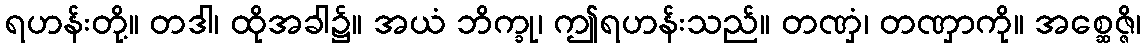
ရဟန်းတို့။ တဒါ၊ ထိုအခါ၌။ အယံ ဘိက္ခု၊ ဤရဟန်းသည်။ တဏှံ၊ တဏှာကို။ အစ္ဆေဇ္ဇိ၊